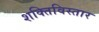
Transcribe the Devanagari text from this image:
शक्तिविस्तार